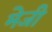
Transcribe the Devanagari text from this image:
मेजी